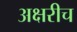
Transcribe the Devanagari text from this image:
अक्षरीच